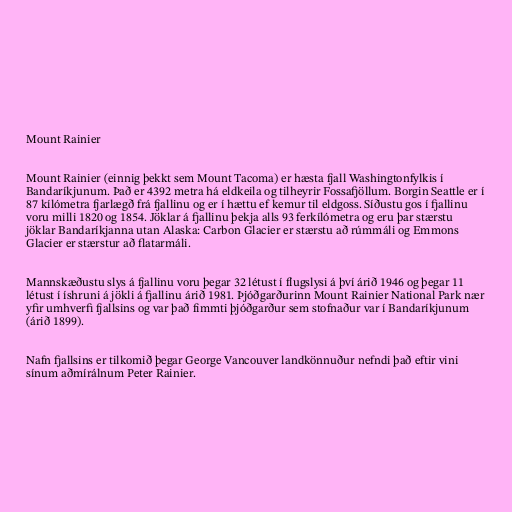
Mount Rainier

Mount Rainier (einnig þekkt sem Mount Tacoma) er hæsta fjall Washingtonfylkis í
Bandaríkjunum. Það er 4392 metra há eldkeila og tilheyrir Fossafjöllum. Borgin Seattle er í
87 kílómetra fjarlægð frá fjallinu og er í hættu ef kemur til eldgoss. Síðustu gos í fjallinu
voru milli 1820 og 1854. Jöklar á fjallinu þekja alls 93 ferkílómetra og eru þar stærstu
jöklar Bandaríkjanna utan Alaska: Carbon Glacier er stærstu að rúmmáli og Emmons
Glacier er stærstur að flatarmáli.

Mannskæðustu slys á fjallinu voru þegar 32 létust í flugslysi á því árið 1946 og þegar 11
létust í íshruni á jökli á fjallinu árið 1981. Þjóðgarðurinn Mount Rainier National Park nær
yfir umhverfi fjallsins og var það fimmti þjóðgarður sem stofnaður var í Bandaríkjunum
(árið 1899).

Nafn fjallsins er tilkomið þegar George Vancouver landkönnuður nefndi það eftir vini
sínum aðmírálnum Peter Rainier.